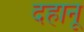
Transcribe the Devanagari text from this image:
दहानू